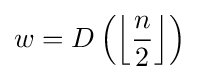
w=D\left(\left\lfloor {\frac {n}{2}}\right\rfloor \right)